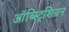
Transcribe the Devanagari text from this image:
ऑब्स्ट्रिशियन